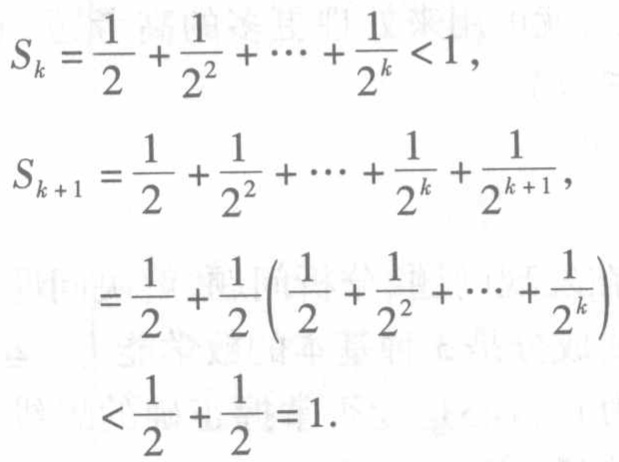
\[

\begin{align*}

S_{k}&=\frac{1}{2}+\frac{1}{2^{2}}+\cdots+\frac{1}{2^{k}}<1,\\

S_{k + 1}&=\frac{1}{2}+\frac{1}{2^{2}}+\cdots+\frac{1}{2^{k}}+\frac{1}{2^{k+1}},\\

&=\frac{1}{2}+\frac{1}{2}\left(\frac{1}{2}+\frac{1}{2^{2}}+\cdots+\frac{1}{2^{k}}\right)\\

&<\frac{1}{2}+\frac{1}{2}=1.

\end{align*}

\]